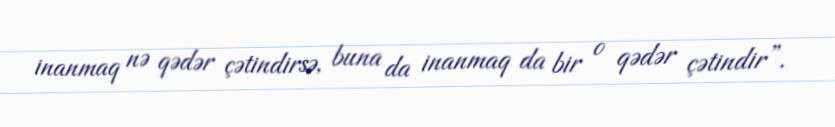
inanmaq nə qədər çətindirsə, buna da inanmaq da bir o qədər çətindir”.